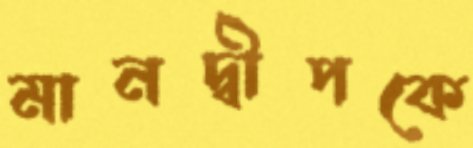
মানদ্বীপকে